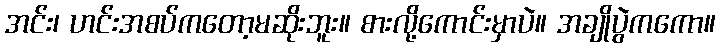
အင်း၊ ဟင်းအစပ်ကတော့မဆိုးဘူး။ စားလို့ကောင်းမှာပဲ။ အချိုပွဲကကော။